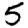
Digit: 5